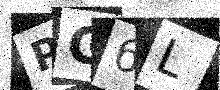
Text: PG6L